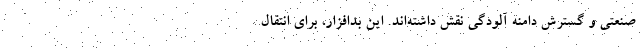
صنعتی و گسترش دامنه آلودگی نقش داشته‌اند. این بدافزار، برای انتقال